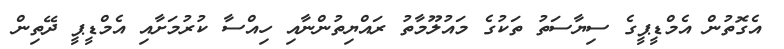
އެގޮތުން އެމްޑީޕީގެ ސިޔާސަތު ތަކުގެ މައުލޫމާތު ރައްޔިތުންނާއި ހިއްސާ ކުރުމަށާއި އެމްޑީޕީ ދޭތިން